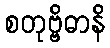
စတုဗ္ဗိဓာနိ